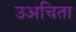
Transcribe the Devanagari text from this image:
उअचिता